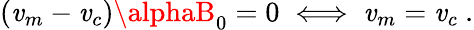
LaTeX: (\mathit{v}_{m}-\mathit{v}_{c})\alphaB_{0}=0\iff\mathit{v}_{m}=\mathit{v}_{c}\ .